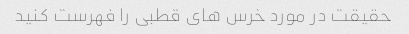
حقیقت در مورد خرس های قطبی را فهرست کنید